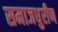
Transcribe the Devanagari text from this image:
समाजधुरीण